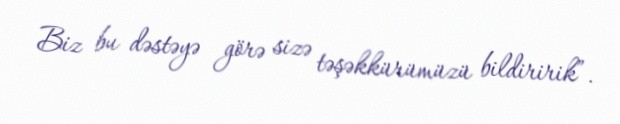
Biz bu dəstəyə görə sizə təşəkkürümüzü bildiririk”.